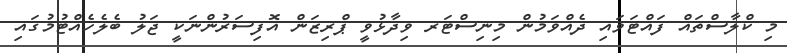
މި ކްލާސްތައް ފައްޓަވައި ދެއްްވަމުން މިނިސްޓަރ ވިދާޅުވީ ޕްރިޒަންް އޮފިސަރުންނަކީ ޖަލު ބެލެހެއްޓުމުގައި